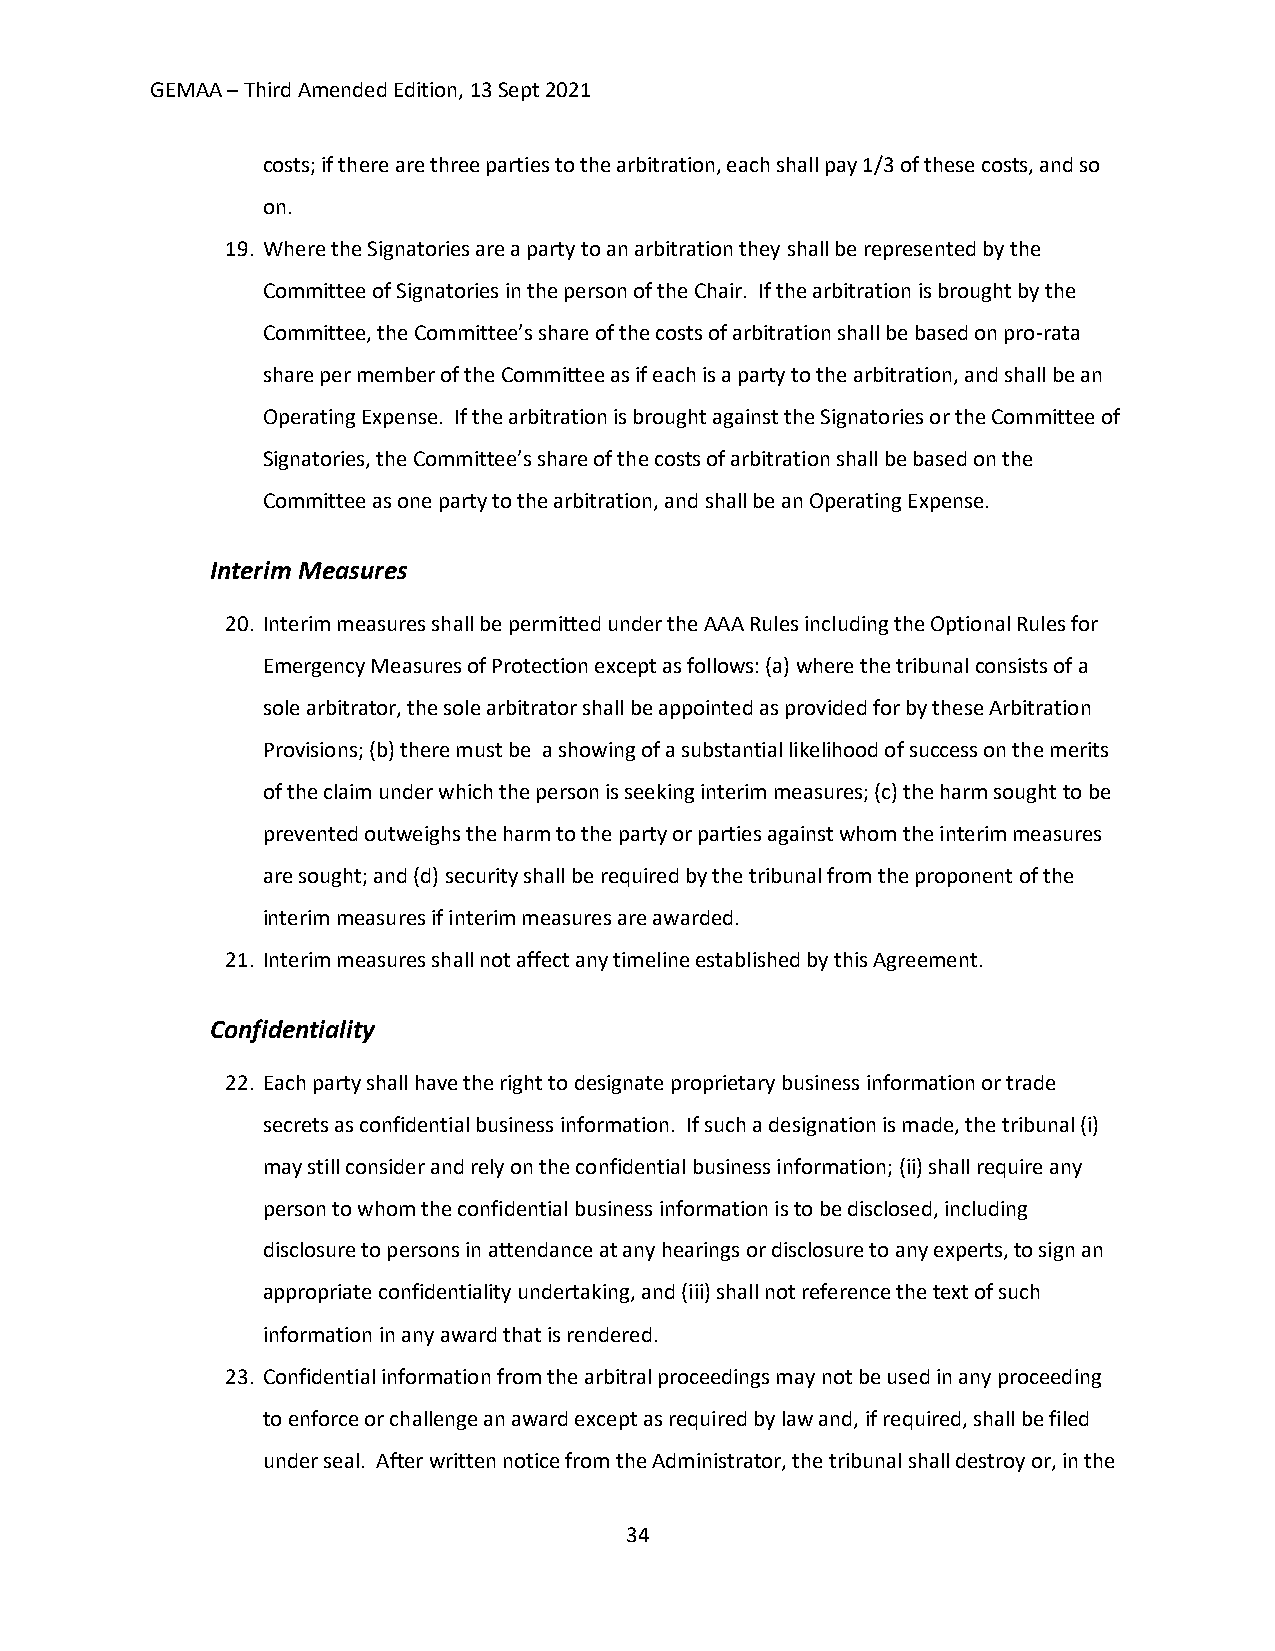
GEMAA – Third Amended Edition, 13 Sept 2021
 costs; if there are three parties to the arbitration, each shall pay 1/3 of these costs, and so
 on.
 19. Where the Signatories are a party to an arbitration they shall be represented by the
 Committee of Signatories in the person of the Chair. If the arbitration is brought by the
 Committee, the Committee’s share of the costs of arbitration shall be based on pro-rata
 share per member of the Committee as if each is a party to the arbitration, and shall be an
 Operating Expense. If the arbitration is brought against the Signatories or the Committee of
 Signatories, the Committee’s share of the costs of arbitration shall be based on the
 Committee as one party to the arbitration, and shall be an Operating Expense.
 Interim Measures
 20. Interim measures shall be permitted under the AAA Rules including the Optional Rules for
 Emergency Measures of Protection except as follows: (a) where the tribunal consists of a
 sole arbitrator, the sole arbitrator shall be appointed as provided for by these Arbitration
 Provisions; (b) there must be a showing of a substantial likelihood of success on the merits
 of the claim under which the person is seeking interim measures; (c) the harm sought to be
 prevented outweighs the harm to the party or parties against whom the interim measures
 are sought; and (d) security shall be required by the tribunal from the proponent of the
 interim measures if interim measures are awarded.
 21. Interim measures shall not affect any timeline established by this Agreement.
 Confidentiality
 22. Each party shall have the right to designate proprietary business information or trade
 secrets as confidential business information. If such a designation is made, the tribunal (i)
 may still consider and rely on the confidential business information; (ii) shall require any
 person to whom the confidential business information is to be disclosed, including
 disclosure to persons in attendance at any hearings or disclosure to any experts, to sign an
 appropriate confidentiality undertaking, and (iii) shall not reference the text of such
 information in any award that is rendered.
 23. Confidential information from the arbitral proceedings may not be used in any proceeding
 to enforce or challenge an award except as required by law and, if required, shall be filed
 under seal. After written notice from the Administrator, the tribunal shall destroy or, in the
 34